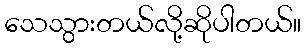
သေသွားတယ်လို့ဆိုပါတယ်။